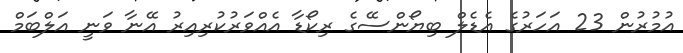
އުމުރުން 23 އަހަރުގެ އެޑެލް ބިޔޯންސޭގެ ރިކޯޑާ އެއްވަރުކުރިއިރު އޭނާ ވަނީ އަލްބަމް